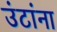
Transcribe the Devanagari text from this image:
उंटांना